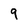
Character: 9